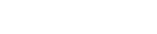
٢٩